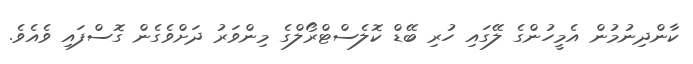
ކާންދިނުމުން އެމީހުންގެ ލޭގައި ހުރި ބޭޑް ކޮލެސްޓްރޯލްގެ މިންވަރު ދަށްވެގެން ގޮސްފައި ވެއެވެ.